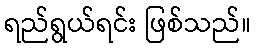
ရည်ရွယ်ရင်း ဖြစ်သည်။